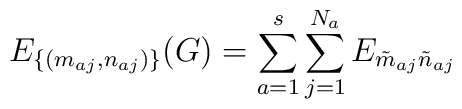
E_{ \{(m_{aj},n_{aj})\} }(G) = \sum_{a=1}^s \sum_{j=1}^{N_a}E_{\tilde m_{aj} \tilde n_{aj} }